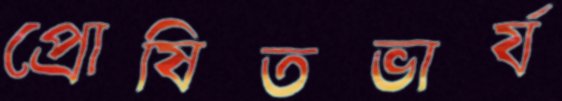
প্রোষিতভার্য